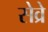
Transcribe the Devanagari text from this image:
सेव्रे